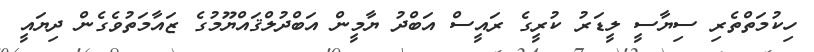
ހިކުމަތްތެރި ސިޔާސީ ލީޑަރު ކުރީގެ ރައީސް އަބްދު ޔާމީން އަބްދުލްޤައްޔޫމުގެ ޒައާމަތުވެގެން ދިޔައީ